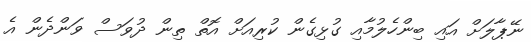
ނޭޕާލަށް އައި ބިންހެލުމާއި ގުޅިގެން ކުރިއަަށް އޮތް ތިން ދުވަސް ވަންދެން އެ